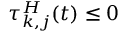
\tau _ { k , j } ^ { H } ( t ) \leq 0